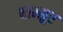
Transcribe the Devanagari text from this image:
बान्सुर